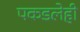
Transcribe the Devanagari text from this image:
पकडलेही